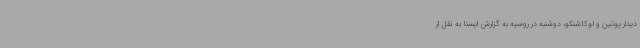
دیدار پوتین و لوکاشنکو، دوشنبه در روسیه به گزارش ایسنا به نقل از